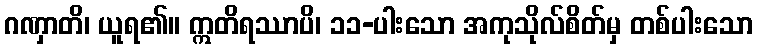
ဂဏှာတိ၊ ယူရ၏။ ဣတိရဿာပိ၊ ၁၁-ပါးသော အကုသိုလ်စိတ်မှ တစ်ပါးသော